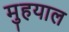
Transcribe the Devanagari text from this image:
मुहयाल